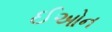
ઈઓન